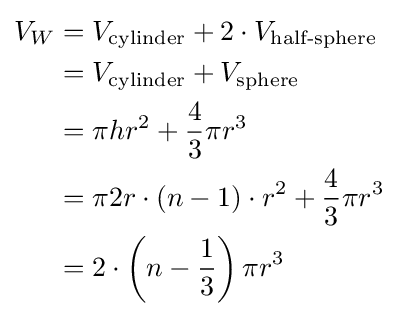
{\begin{aligned}V_{W}&=V_{\text{cylinder}}+2\cdot V_{\text{half-sphere}}\\&=V_{\text{cylinder}}+V_{\text{sphere}}\\&=\pi hr^{2}+{\frac {4}{3}}\pi r^{3}\\&=\pi 2r\cdot (n-1)\cdot r^{2}+{\frac {4}{3}}\pi r^{3}\\&=2\cdot \left(n-{\frac {1}{3}}\right)\pi r^{3}\end{aligned}}